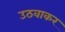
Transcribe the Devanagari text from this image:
उठवाकर